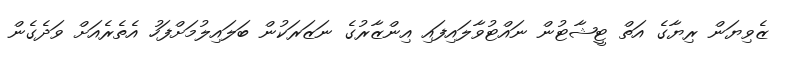
ޒެވިޔަން ރިޔާގެ އަތް ޓީޝާޓުން ނައްޓުވާލައިފައި އިންޒާރުގެ ނަޒަރަކުން ބަލައިލުމަށްފަހު އެތެރެއަށް ވަދެގެން